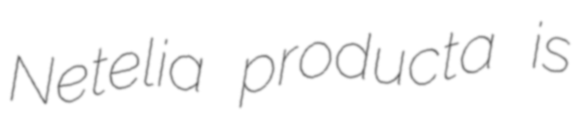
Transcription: Netelia producta is